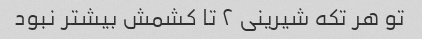
تو هر تکه شیرینی ۲ تا کشمش بیشتر نبود